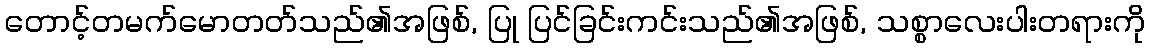
တောင့်တမက်မောတတ်သည်၏အဖြစ်, ပြု ပြင်ခြင်းကင်းသည်၏အဖြစ်, သစ္စာလေးပါးတရားကို